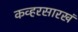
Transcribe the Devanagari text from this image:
कव्हरसारखं